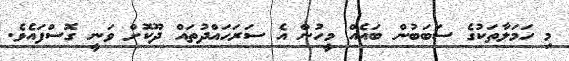
މި ހަމަލާތަކުގެ ސަބަބުން ބައެއް މީހުން އެ ސަރަހައްދުތައް ދޫކޮށް ވަނީ ގޮސްފައެވެ.